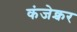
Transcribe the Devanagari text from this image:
कंजेक्चर